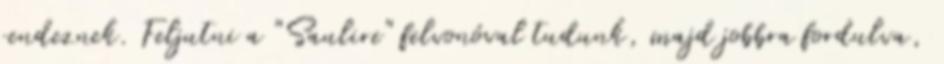
rendeznek. Feljutni a "Saulire" felvonóval tudunk, majd jobbra fordulva,